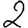
Digit: 2